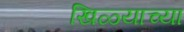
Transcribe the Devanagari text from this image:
खिळ्याच्या